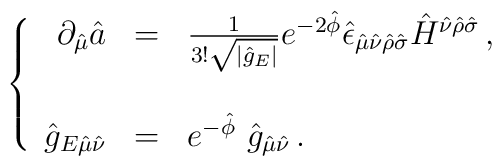
\left\{\begin{array}{rcl}\partial_{\hat{\mu}}\hat{a} &  = & \frac{1}{3!\sqrt{|\hat{g}_{E}|}}e^{-2\hat{\phi}}\hat{\epsilon}_{\hat{\mu}\hat{\nu}\hat{\rho}\hat{\sigma}}\hat{H}^{\hat{\nu}\hat{\rho}\hat{\sigma}}\, , \\& & \\\hat{g}_{E\hat{\mu}\hat{\nu}}& = &e^{-\hat{\phi}}\ \hat{g}_{\hat{\mu}\hat{\nu}}\, .\\\end{array}\right.